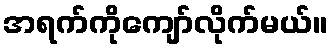
အရက်ကိုကျော်လိုက်မယ်။